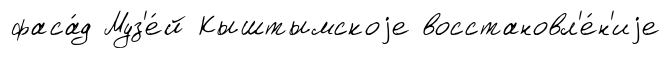
фаса́д Муз'е́й Кыштымскоjе восстановл'е́н'иjе